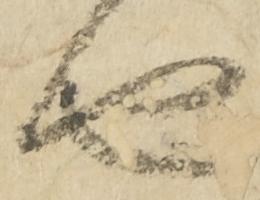
由